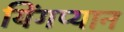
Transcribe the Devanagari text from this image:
यिंगप्यान